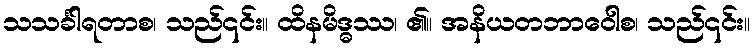
သသင်္ခါရတာစ၊ သည်၎င်း။ ထိနမိဒ္ဓဿ၊ ၏။ အနိယတဘာဝေါစ၊ သည်၎င်း။